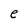
Character: e